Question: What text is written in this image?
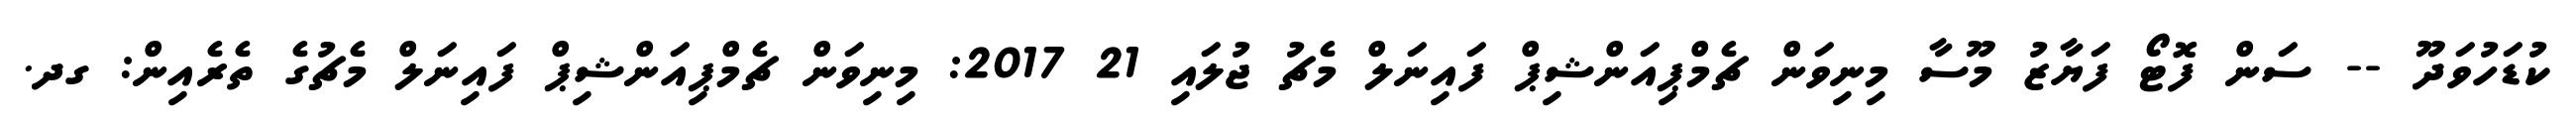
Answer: ކުޑަހުވަދޫ -- ސަން ފޮޓޯ ފަޔާޒު މޫސާ މިނިވަން ޗެމްޕިއަންޝިޕް ފައިނަލް މެޗު ޖުލައި 21 2017: މިނިވަން ޗެމްޕިއަންޝިޕް ފައިނަލް މެޗުގެ ތެރެއިން: ގދ.